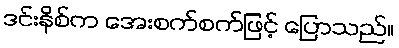
ဒင်းနိစ်က အေးစက်စက်ဖြင့် ပြောသည်။